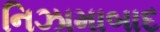
નિઝામાબાદ